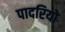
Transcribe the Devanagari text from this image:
पादरियो